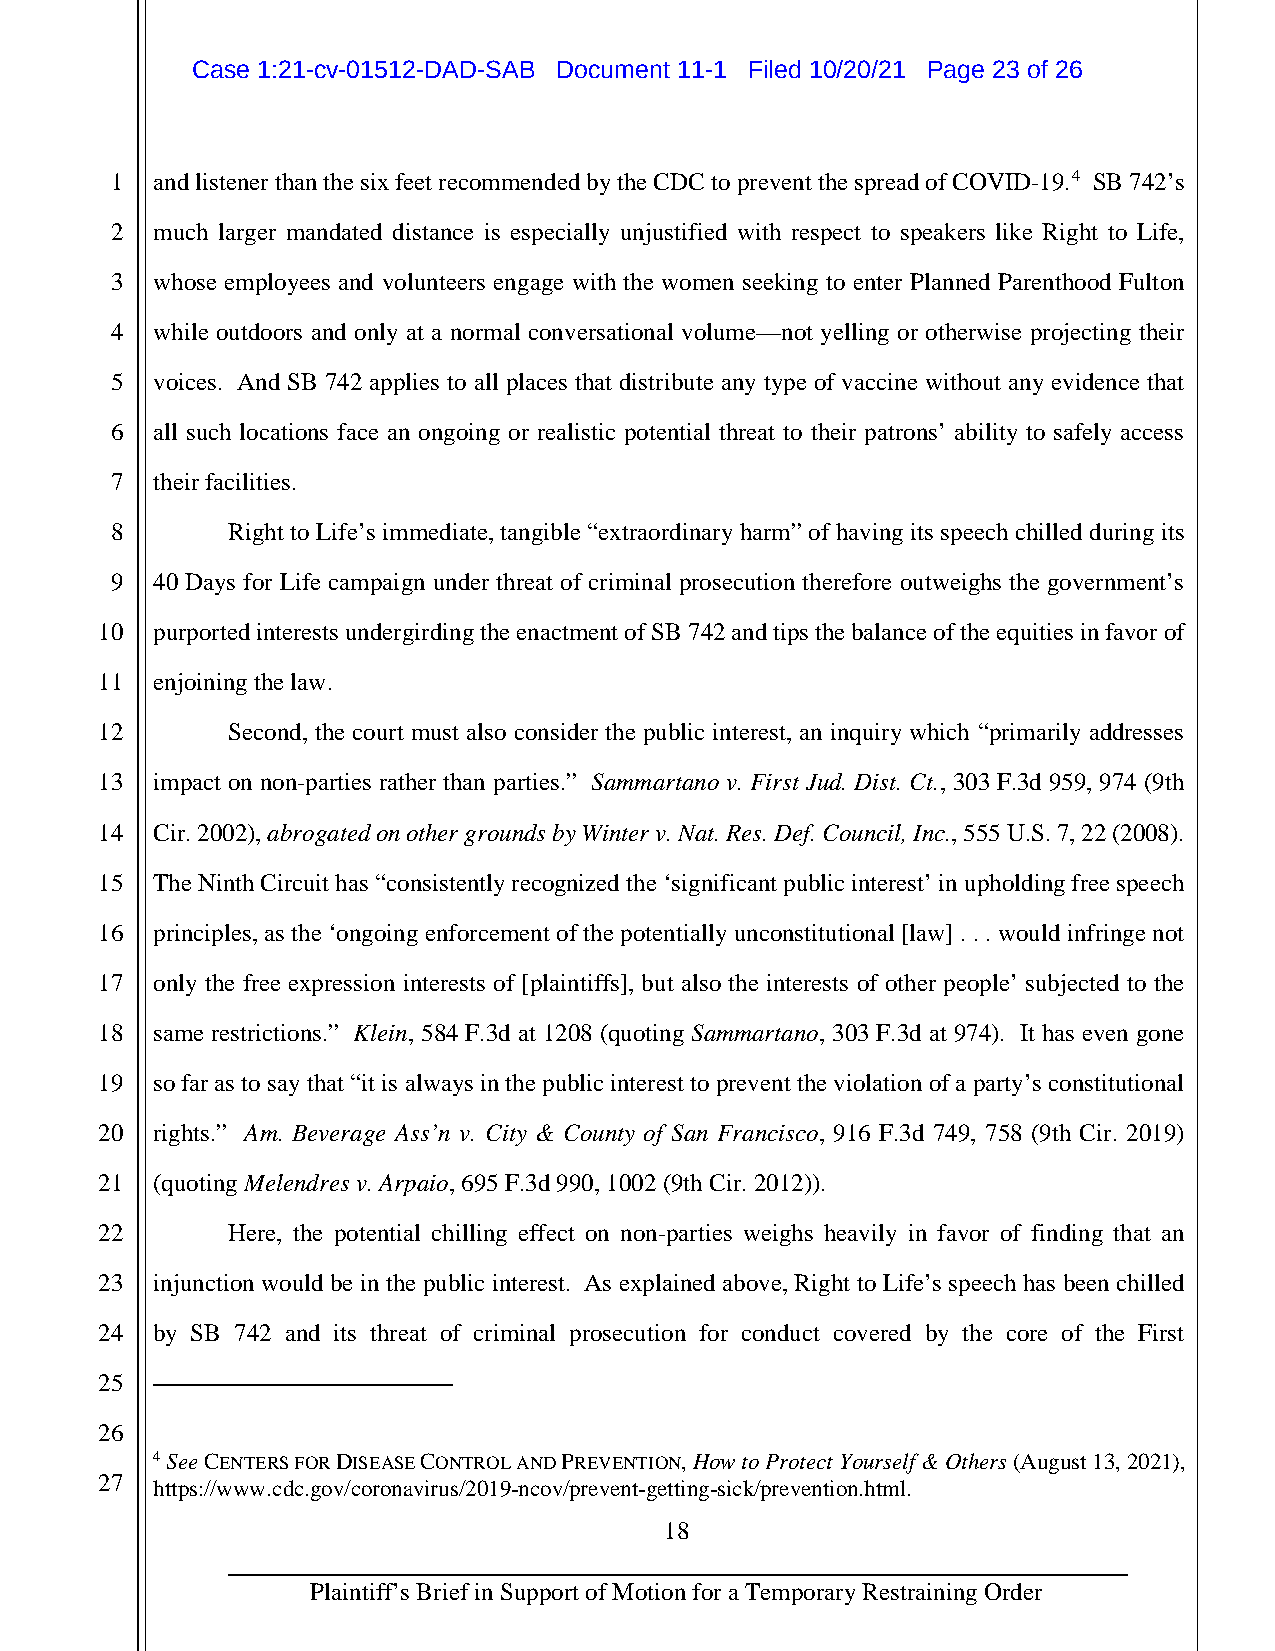
Case 1:21-cv-01512-DAD-SAB Document 11-1 Filed 10/20/21 Page 23 of 26
 1  and listener than the six feet recommended by the CDC to prevent the spread of COVID-19.4 SB 742’s
 2  much larger mandated distance is especially unjustified with respect to speakers like Right to Life,
 3  whose employees and volunteers engage with the women seeking to enter Planned Parenthood Fulton
 4  while outdoors and only at a normal conversational volume—not yelling or otherwise projecting their
 5  voices. And SB 742 applies to all places that distribute any type of vaccine without any evidence that
 6  all such locations face an ongoing or realistic potential threat to their patrons’ ability to safely access
 7  their facilities.
 8       Right to Life’s immediate, tangible “extraordinary harm” of having its speech chilled during its
 9  40 Days for Life campaign under threat of criminal prosecution therefore outweighs the government’s
 10  purported interests undergirding the enactment of SB 742 and tips the balance of the equities in favor of
 11  enjoining the law.
 12       Second, the court must also consider the public interest, an inquiry which “primarily addresses
 13  impact on non-parties rather than parties.” Sammartano v. First Jud. Dist. Ct., 303 F.3d 959, 974 (9th
 14  Cir. 2002), abrogated on other grounds by Winter v. Nat. Res. Def. Council, Inc., 555 U.S. 7, 22 (2008).
 15  The Ninth Circuit has “consistently recognized the ‘significant public interest’ in upholding free speech
 16  principles, as the ‘ongoing enforcement of the potentially unconstitutional [law] . . . would infringe not
 17  only the free expression interests of [plaintiffs], but also the interests of other people’ subjected to the
 18  same restrictions.” Klein, 584 F.3d at 1208 (quoting Sammartano, 303 F.3d at 974). It has even gone
 19  so far as to say that “it is always in the public interest to prevent the violation of a party’s constitutional
 20  rights.” Am. Beverage Ass’n v. City & County of San Francisco, 916 F.3d 749, 758 (9th Cir. 2019)
 21  (quoting Melendres v. Arpaio, 695 F.3d 990, 1002 (9th Cir. 2012)).
 22       Here, the potential chilling effect on non-parties weighs heavily in favor of finding that an
 23  injunction would be in the public interest. As explained above, Right to Life’s speech has been chilled
 24  by SB 742 and its threat of criminal prosecution for conduct covered by the core of the First
 25
 26
 4 See CENTERS FOR DISEASE CONTROL AND PREVENTION, How to Protect Yourself & Others (August 13, 2021),
 27
 https://www.cdc.gov/coronavirus/2019-ncov/prevent-getting-sick/prevention.html.
 18
 Plaintiff’s Brief in Support of Motion for a Temporary Restraining Order